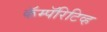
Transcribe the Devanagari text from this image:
कॅम्पॅरिटिव्ह